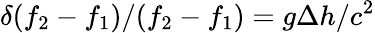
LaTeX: \delta(f_{2}-f_{1})/(f_{2}-f_{1})=g\Delta h/c^{2}